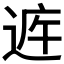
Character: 𲅝